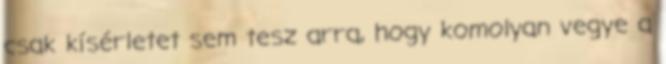
csak kísérletet sem tesz arra, hogy komolyan vegye a